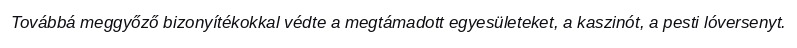
Továbbá meggyőző bizonyítékokkal védte a megtámadott egyesületeket, a kaszinót, a pesti lóversenyt.